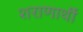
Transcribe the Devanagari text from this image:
शराणार्थी